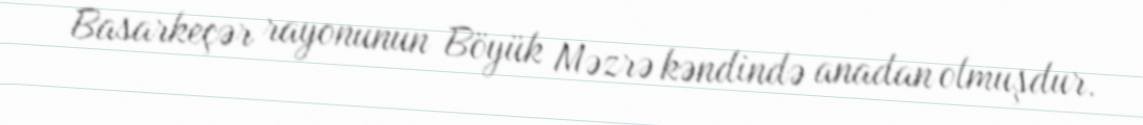
Basarkeçər rayonunun Böyük Məzrə kəndində anadan olmuşdur.